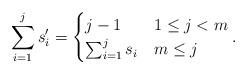
LaTeX: \begin{align*}\sum_{i=1}^{j}s'_i=\begin{cases}j-1 & 1\le j<m\\\sum_{i=1}^{j}s_i & m\le j\end{cases}.\end{align*}